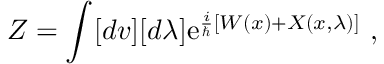
Z = \int [ d v ] [ d \lambda ] \mathrm { e } ^ { \frac { i } { \hbar } \left[ W ( x ) + X ( x , \lambda ) \right] } { } ~ ,